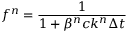
f ^ { n } = \frac { 1 } { 1 + \beta ^ { n } c k ^ { n } \Delta t }